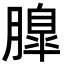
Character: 𦟞